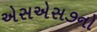
એસએસ૭નો